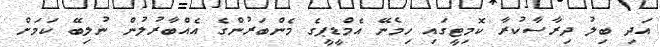
އަދި ބިލު ދިރާސާކުރާ ކޮމިޓީގައި ހިމެނޭ އެމްޑީޕީގެ މެންބަރުންގެ އެއްބާރުލުން ނުލިބޭ ކަމަށް